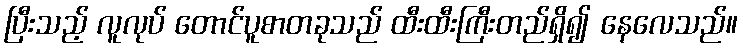
ပြီးသည့် လူလုပ် တောင်ပူစာတခုသည် ထီးထီးကြီးတည်ရှိ၍ နေလေသည်။